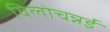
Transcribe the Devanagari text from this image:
विलोचन्नई